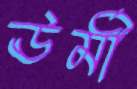
ঊর্মী